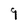
Character: 9